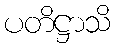
ပတိဋ္ဌာသိ